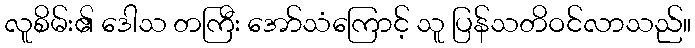
လူစိမ်း၏ ဒေါသ တကြီး အော်သံကြောင့် သူ ပြန်သတိဝင်လာသည်။